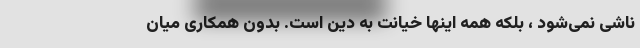
ناشی نمی‌شود ، بلکه همه اینها خیانت به دین است. بدون همکاری میان